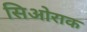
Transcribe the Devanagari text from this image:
सिओराक